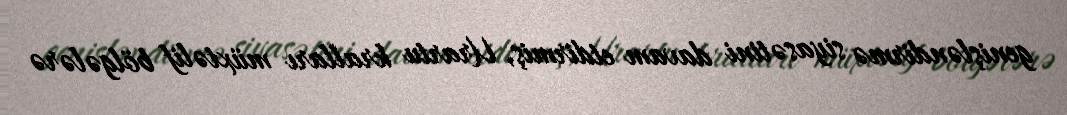
genişləndirmə siyasətini davam etdirmiş, Urartu kralları müxtəlif bölgələrə